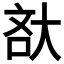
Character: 𡘯